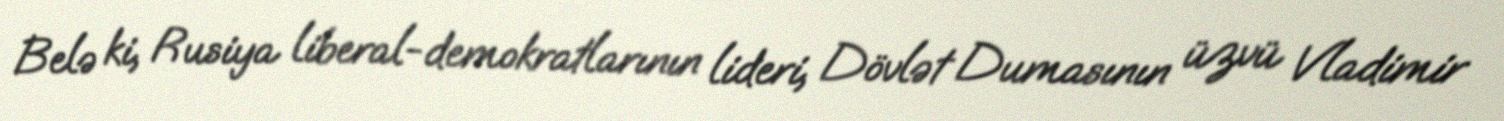
Belə ki, Rusiya liberal-demokratlarının lideri, Dövlət Dumasının üzvü Vladimir